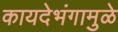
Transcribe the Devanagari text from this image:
कायदेभंगामुळे